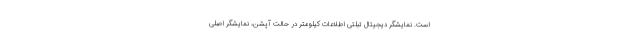
است. نمایشگر دیجیتال تبلتی اطلاعات کیلومتر در حالت آپشن، نمایشگر اصلی